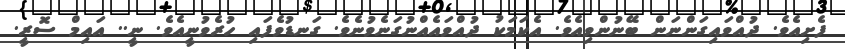
ފެށިއެވެ. ދުއްވައިގަންނަން ބޭނުންވިއެވެ. އެކަމަކު ދުއްވައެއްނުގަނެވުނެވެ. ގަނޑުވެފައި ހުރެވުނީއެވެ. ނީ.. އައިމް ސޮރީ.